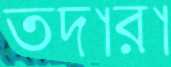
তদ্বারা